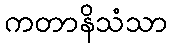
ကတာနိသံသာ